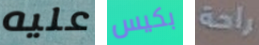
عليه بكيس راحة